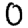
Digit: 0